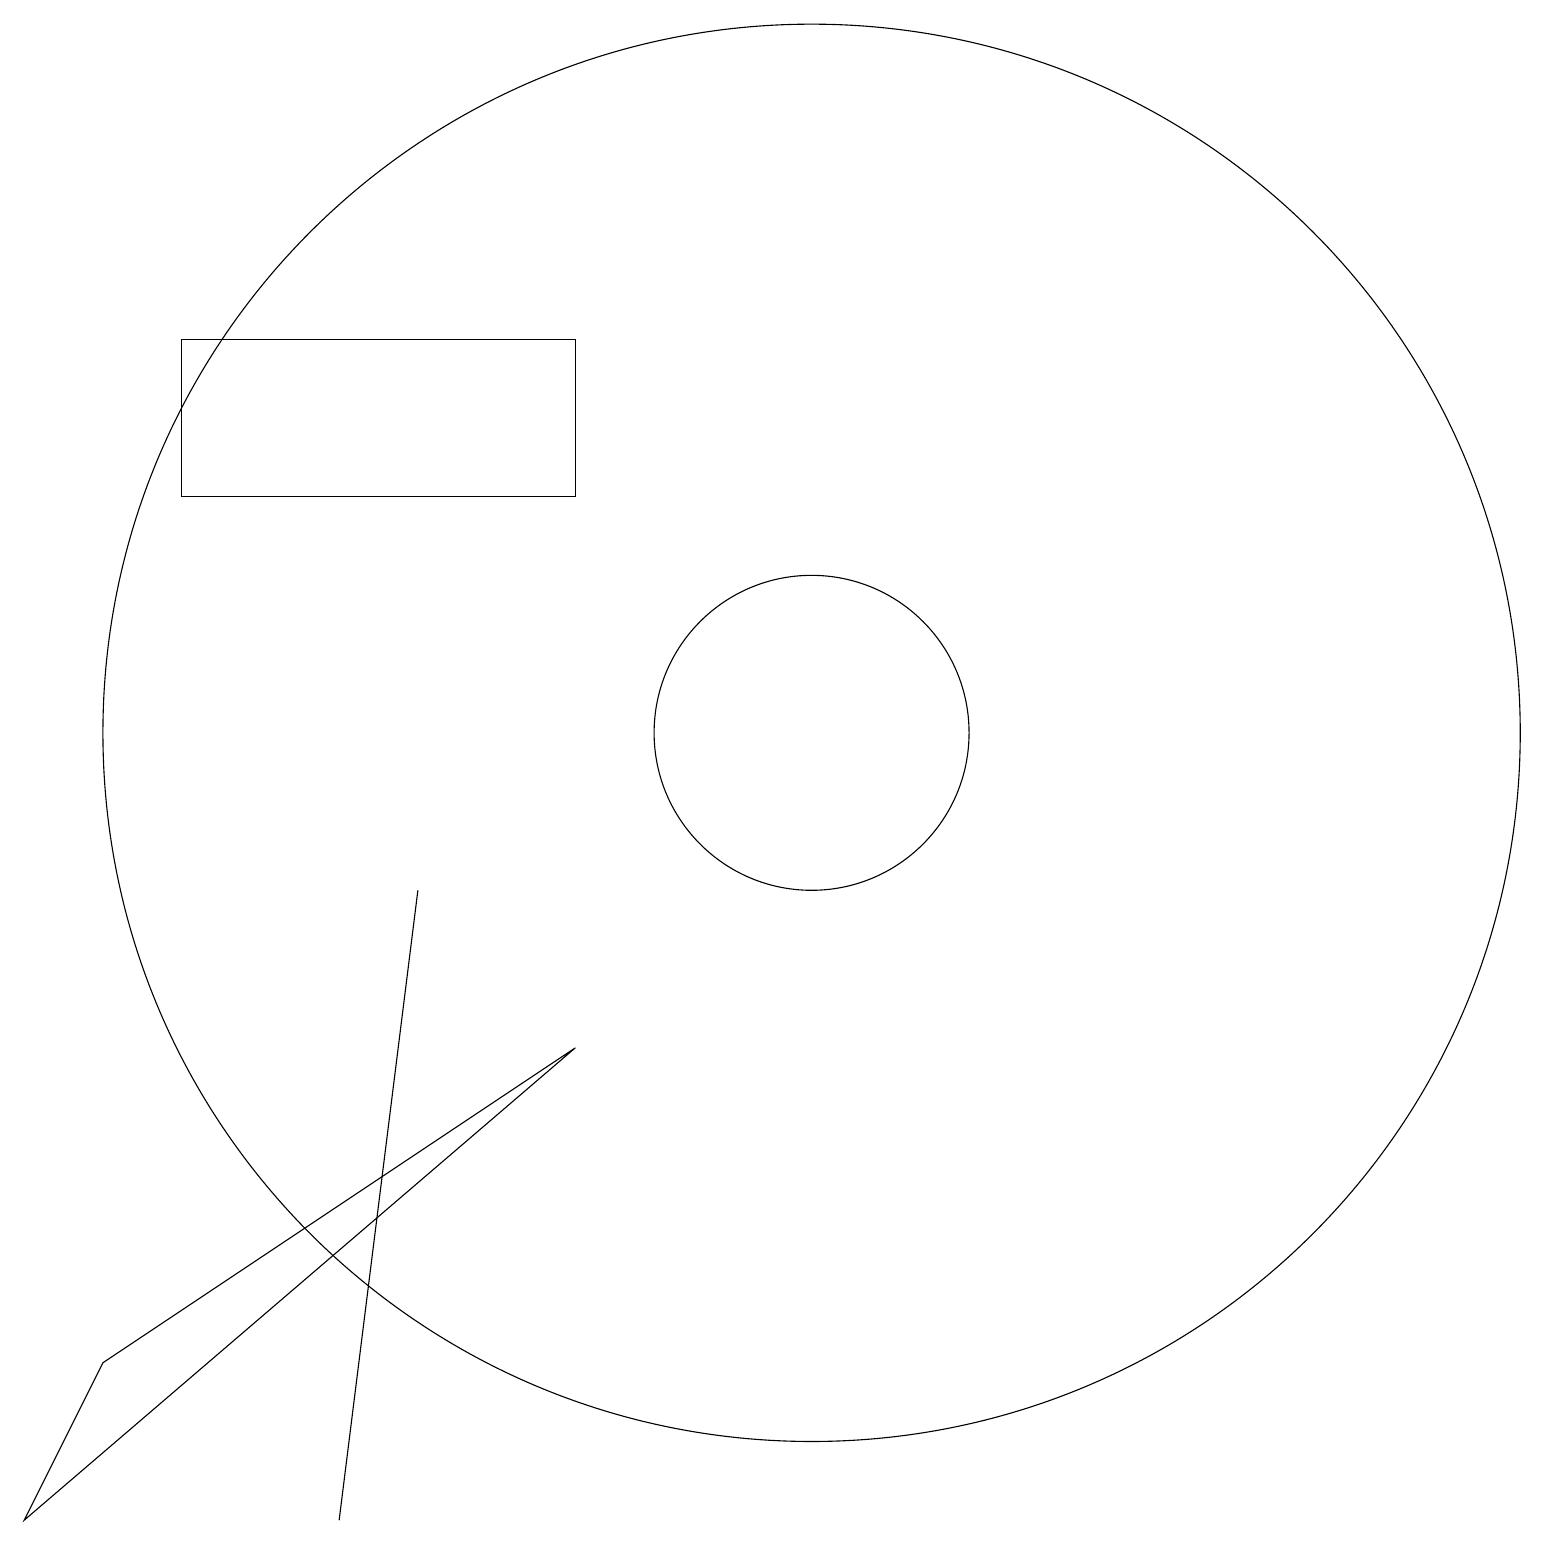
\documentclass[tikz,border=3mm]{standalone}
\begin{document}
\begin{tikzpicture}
\draw (1,1) -- (8,7) -- (2,3) -- cycle;
\draw (5,1) -- (6,9) -- (6,9) -- cycle;
\draw (11,11) circle (9);
\draw (10,10) circle (0);
\draw (11,11) circle (2);
\draw (3,14) rectangle (8,16);
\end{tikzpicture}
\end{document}